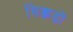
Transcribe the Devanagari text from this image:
सिक्कड़ों